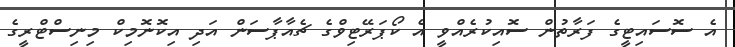
އެ ސޮސައިޓީގެ ފަރާތުން ސޮއިކުރެއްވީ އެ ކޯޕަރޭޓިވްގެ ޗެއާޕާސަން އަދި އިކޮނޮމިކް މިނިސްޓްރީގެ